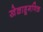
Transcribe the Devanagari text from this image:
खेळाडूगणिक